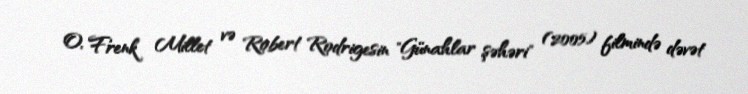
O, Frenk Millet və Robert Rodrigesin "Günahlar şəhəri" (2005) filmində dəvət